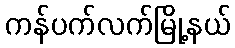
ကန်ပက်လက်မြို့နယ်